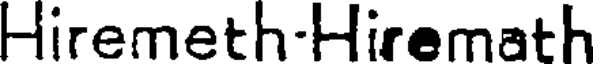
Hiremeth-Hiremath